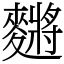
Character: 䵁